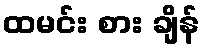
ထမင်း စား ချိန်